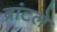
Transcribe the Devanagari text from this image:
ब्रांटले